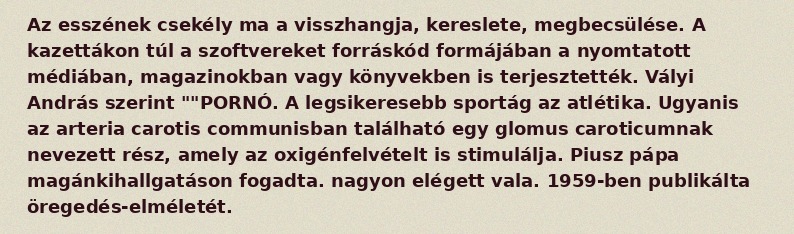
Az esszének csekély ma a visszhangja, kereslete, megbecsülése. A kazettákon túl a szoftvereket forráskód formájában a nyomtatott médiában, magazinokban vagy könyvekben is terjesztették. Vályi András szerint ""PORNÓ. A legsikeresebb sportág az atlétika. Ugyanis az arteria carotis communisban található egy glomus caroticumnak nevezett rész, amely az oxigénfelvételt is stimulálja. Piusz pápa magánkihallgatáson fogadta. nagyon elégett vala. 1959-ben publikálta öregedés-elméletét.